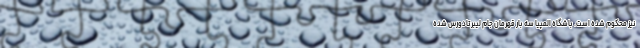
نیز محکوم شده است. باشگاه المپیا سه بار قهرمان جام لیبرتادورس شده